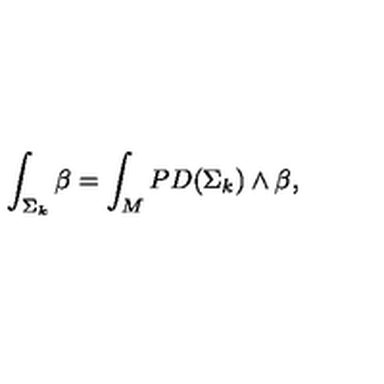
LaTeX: \int _ { \Sigma _ { k } } \beta = \int _ { M } P D ( \Sigma _ { k } ) \wedge \beta ,